Vaccination in Bombay 1889-1901 - 1889-1901
Year: 1889
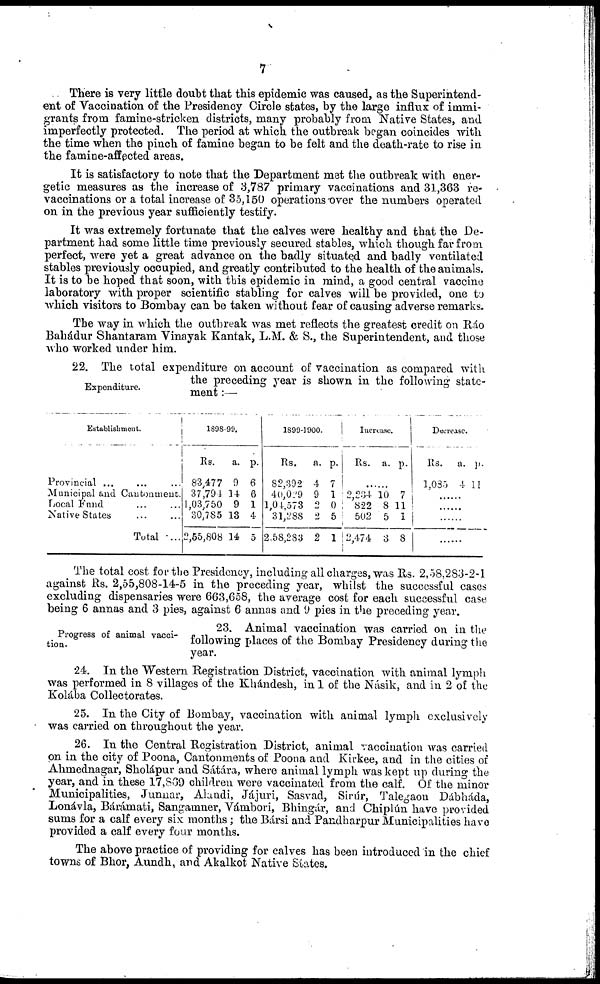
7
There is very little doubt that this epidemic was caused, as the Superintend-
ent of Vaccination of the Presidency Circle states, by the large influx of immi-
grants from famine-stricken districts, many probably from Native States, and
imperfectly protected. The period at which the outbreak began coincides with
the time when the pinch of famine began to be felt and the death-rate to rise in
the famine-affected areas.
It is satisfactory to note that the Department met the outbreak with ener-
getic measures as the increase of 3,787 primary vaccinations and 31,363 re-
vaccinations or a total increase of 35,150 operations over the numbers operated
on in the previous year sufficiently testify.
It was extremely fortunate that the calves were healthy and that the De-
partment had some little time previously secured stables, which though far from
perfect, were yet a great advance on the badly situated and badly ventilated
stables previously occupied, and greatly contributed to the health of the animals.
It is to be hoped that soon, with this epidemic in mind, a good central vaccine
laboratory with proper scientific stabling for calves will be provided, one to
which visitors to Bombay can be taken without fear of causing adverse remarks.
The way in which the outbreak was met reflects the greatest credit on Ráo
Bahádur Shantaram Vinayak Kantak, L.M. & S., the Superintendent, and those
who worked under him.
Expenditure.
22. The total expenditure on account of vaccination as compared with
the preceding year is shown in the following state-
ment :—
Establishment.
Provincial ... ... ...
Municipal and Cantonment.
Local Fund ... ...
Native States ... ...
Total ...
1898-99.
Rs.
83,477
37,794
1,03,750
30,785
2,55,808
a.
9
14 9
13
14
p.
6
6
1
4
5
1899-1900.
Rs.
82,392
40,029
1,04,573
31,288
2,58,283
a.
4
9
2
2
2
p.
7
1
0
5
1
Increase.
Rs. a. p.
......
2,234
822
502
2,474
10
8
5
3
7
11
1
8
Decrease.
Rs.
1,085
a.
4
p.
11
......
......
......
......
The total cost for the Presidency, including all charges, was Rs. 2,58,283-2-1
against Rs. 2,55,808-14-5 in the preceding year, whilst the successful cases
excluding dispensaries were 663,658, the average cost for each successful case
being 6 annas and 3 pies, against 6 annas and 9 pies in the preceding year.
Progress of animal vacci¬
tion.
23. Animal vaccination was carried on in the
following places of the Bombay Presidency during the
year.
24. In the Western Registration District, vaccination with animal lymph
was performed in 8 villages of the Khándesh, in 1 of the Násik, and in 2 of the
Kolába Collectorates.
25. In the City of Bombay, vaccination with animal lymph exclusively
was carried on throughout the year.
26. In the Central Registration District, animal vaccination was carried
on in the city of Poona, Cantonments of Poona and Kirkee, and in the cities of
Ahmednagar, Sholápur and Sátára, where animal lymph was kept up during the
year, and in these 17,869 children were vaccinated from the calf. Of the minor
Municipalities, Junnar, Alandi, Jájuri, Sasvad, Sirúr, Talegaon Dábháda,
Lonávla, Bárámati, Sangamner, Vámbori, Bhingár, and Chiplún have provided
sums for a calf every six months; the Bársi and Pandharpur Municipalities have
provided a calf every four months.
The above practice of providing for calves has been introduced in the chief
towns of Bhor, Aundh, and Akalkot Native States.